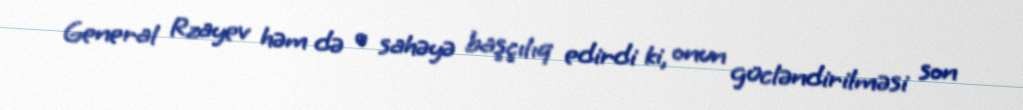
General Rzayev həm də o sahəyə başçılıq edirdi ki, onun gücləndirilməsi son